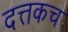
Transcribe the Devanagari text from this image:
दत्तकच